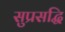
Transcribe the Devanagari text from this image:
सुप्रसद्धि